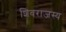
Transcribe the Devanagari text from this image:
शिवराजस्य